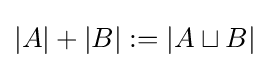
|A|+|B|:=|A\sqcup B|